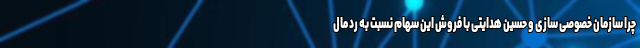
چرا سازمان خصوصی سازی و حسین هدایتی با فروش این سهام نسبت به رد مال